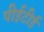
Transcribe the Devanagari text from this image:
पीईटीई